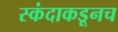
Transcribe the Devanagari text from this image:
स्कंदाकडूनच